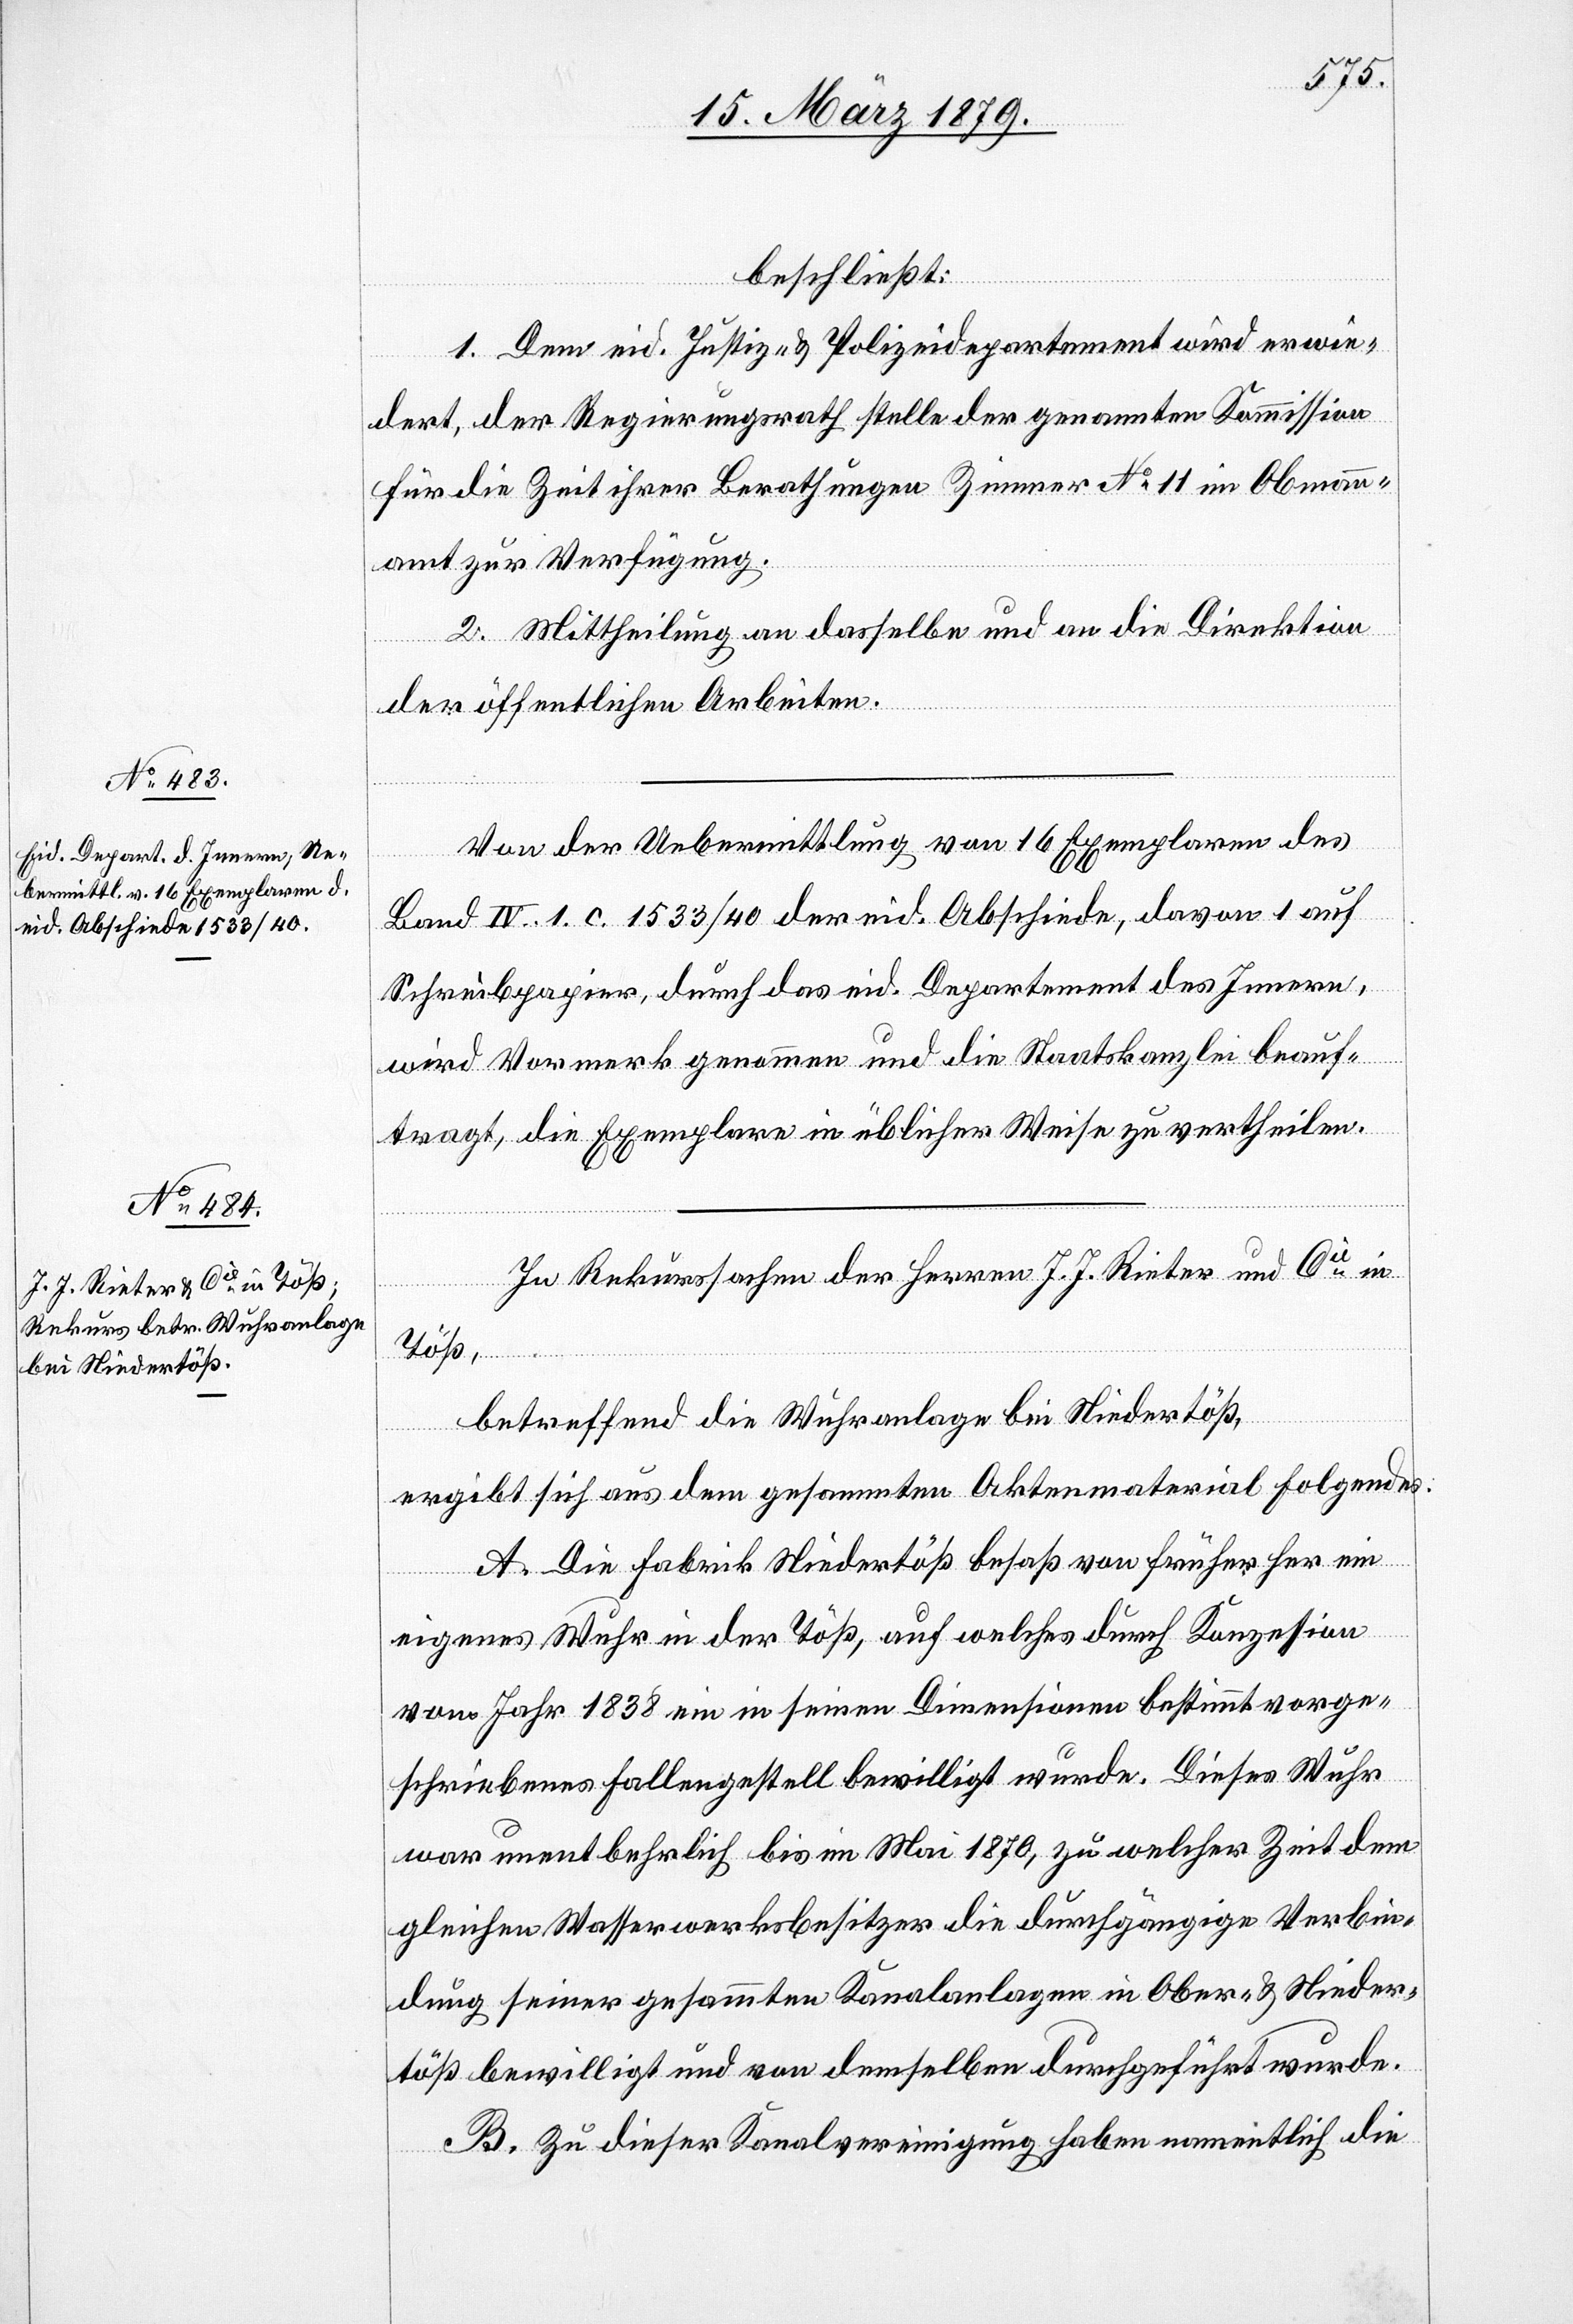
beschließt:
1. Dem eid. Justiz- & Polizeidepartement wird erwie¬
dert, der Regierungsrath stelle der genannten Kommission
für die Zeit ihrer Berathungen Zimmer No 11 im Obmann¬
amt zur Verfügung.
2. Mittheilung an dasselbe und an die Direktion
der öffentlichen Arbeiten.
Von der Uebermittlung von 16 Exemplaren des
Band IV. 1. c. 1533/40 der eid. Abschiede, davon 1 auf
Schreibpapier, durch das eid. Departement des Innern,
wird Vormerk genommen und die Staatskanzlei beauf¬
tragt, die Exemplare in üblicher Weise zu vertheilen.
In Rekurssachen der Herren J. J. Rieter und Cie in
Töß,
betreffend die Wuhranlage bei Niedertöß,
ergibt sich aus dem gesammten Aktenmaterial Folgendes:
A. Die Fabrik Niedertöß besaß von früher her ein
eigenes Wuhr in der Töß, auf welches durch Konzession
vom Jahr 1838 ein in seinen Dimensionen bestimmt vorge¬
schriebenes Fallengestell bewilligt wurde. Dieses Wuhr
war unentbehrlich bis im Mai 1870, zu welcher Zeit dem
gleichen Wasserwerksbesitzer die durchgängige Verbin¬
dung seiner gesammten Kanalanlagen in Ober- & Nieder¬
töß bewilligt und von demselben durchgeführt wurde.
B. Zu dieser Kanalvereinigung haben namentlich die